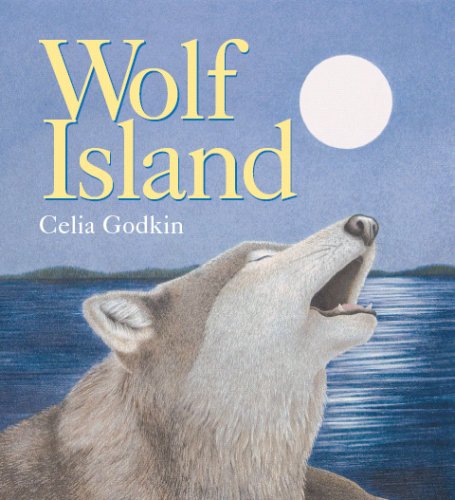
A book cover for Wolf Island; Celia Godkin; Science & Math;